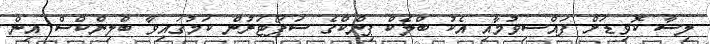
ލިސާ ކޮވިޑަށް ފައްސިވުމާއި އެކު ބްލެކް ޕިންކްގެ ސަޕޯޓަރުން ކަމުގައިވާ ބްލިންކްސް އިން